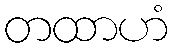
တထာဟံ